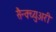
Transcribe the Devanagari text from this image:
सैन्क्च्युअरी